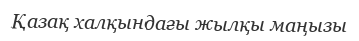
Қазақ халқындағы жылқы маңызы